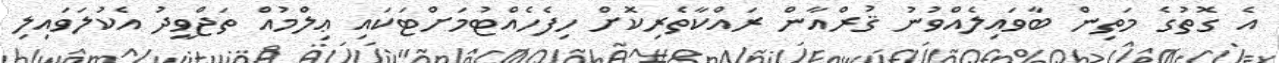
އެ ގޮތުގެ މަތިން ބާވައިލެއްވުނު ޤުރްއާން ރައްކާތެރިކޮށް ހިފެހެއްޓުމަށްޓަކައި ޢިލްމުއް ތަޖްވީދު އެކުލަވައިލި